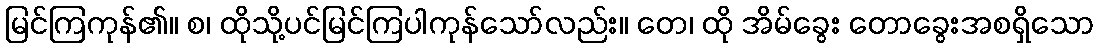
မြင်ကြကုန်၏။ စ၊ ထိုသို့ပင်မြင်ကြပါကုန်သော်လည်း။ တေ၊ ထို အိမ်ခွေး တောခွေးအစရှိသော